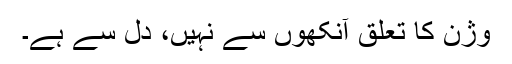
وژن کا تعلق آنکھوں سے نہیں، دل سے ہے۔